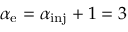
\alpha _ { \mathrm { e } } = \alpha _ { \mathrm { i n j } } + 1 = 3